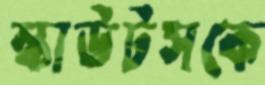
স্কাউটসকে